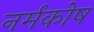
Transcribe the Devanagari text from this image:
नर्मकोष